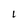
Character: l